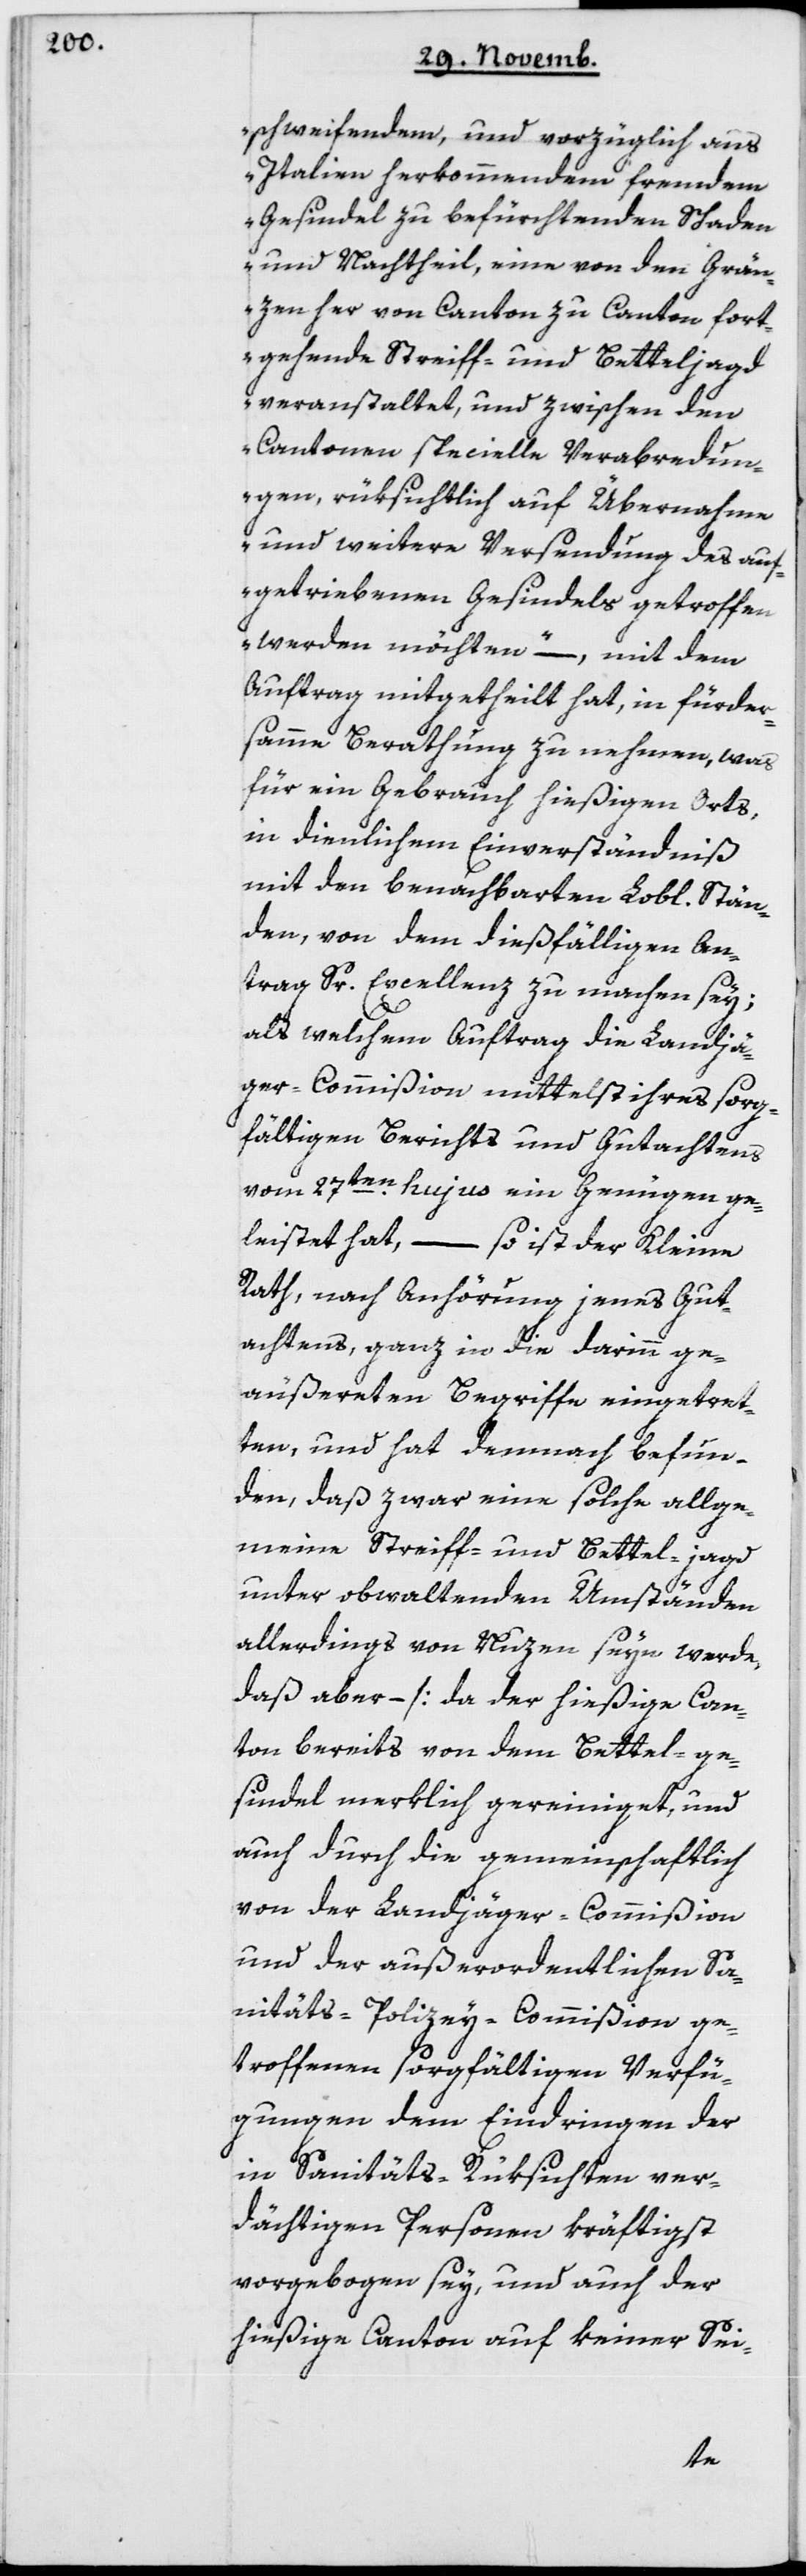
schweifendem und vorzüglich aus
Italien herkommenden fremden
Gesindel zu befürchtenden Schaden
und Nachtheil, eine von den Gren¬
zen her von Canton zu Canton fort¬
gehende Streiff- und Betteljagd
veranstaltet, und zwischen den
Cantonen specielle Verabredun¬
gen, rüksichtlich auf Übernahme
und weitere Versendung des auf¬
getriebenen Gesindels, getroffen
werden möchten“ – mit dem
Auftrag mitgetheilt hat, in fürder¬
samme Berathung zu nehmen, was
für ein Gebrauch hießigen Orts,
in dienlichen Einverständniß
mit den benachbarten Lobl. Stän¬
den von dem dießfälligen An¬
trag Sr Excellenz zu machen sey;
als welchem Auftrag die Landjä¬
ger-Commißion mittelst ihres sorg¬
fältigen Berichts und Gutachtens
vom 27ten hujus ein Genügen ge¬
leistet hat, – so ist der Kleine
Rath, nach Anhörung jenes Gut¬
achtens, ganz in die darinn ge¬
äußerten Begriffe eingetret¬
ten, und hat demnach befun¬
den, daß zwar eine solche allge¬
meine Streif- und Betteljagd
unter obwaltenden Umständen
allerdings von Nutzen seyn werde,
daß aber – [da der hießige Can¬
ton bereits von dem Bettelge¬
sindel merklich gereiniget, und
auch durch die gemeinschaftlich
von der Landjäger-Commißion
und der außerordentlichen Sa¬
nitäts-Polizey-Commißion ge¬
troffenen sorgfältigen Verfü¬
gungen dem Eindringen der
in Sanitäts-Rüksichten ver¬
dächtigen Personen kräftigst
vorgebogen sey, und auch der
hießige Canton auf keiner Sei-